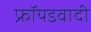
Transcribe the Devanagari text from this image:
फ्रॉयडवादी